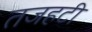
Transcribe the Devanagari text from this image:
तजहटी